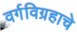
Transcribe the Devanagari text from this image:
वर्गविग्रहाचे